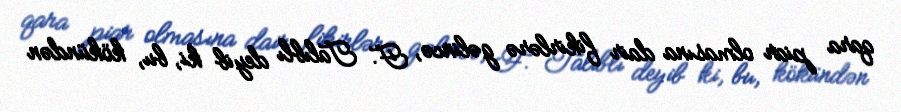
qara piar olmasına dair fikirlərə gəlincə, F. Talıblı deyib ki, bu, kökündən